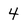
Character: 4